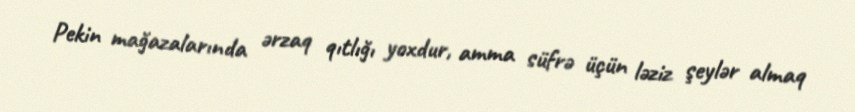
Pekin mağazalarında ərzaq qıtlığı yoxdur, amma süfrə üçün ləziz şeylər almaq